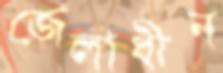
জেলাধীন